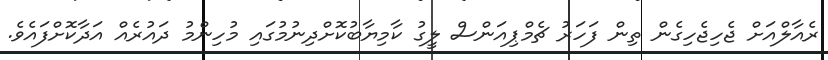
ރެއާލްއަށް ޖެހިޖެހިގެން ތިން ފަހަރު ޗެމްޕިއަންސް ލީގު ކާމިޔާބުކޮށްދިނުމުގައި މުހިންމު ދައުރެއް އަދާކޮށްފައެވެ.